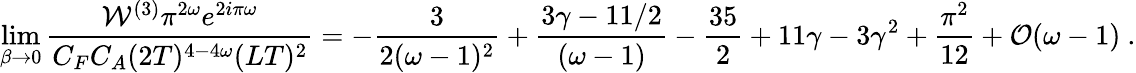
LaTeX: \operatorname*{lim}_{\beta\to 0}{\frac{{\cal W}^{(3)}\pi^{2\omega}e^{2i\pi\omega}}{C_{F}C_{A}(2T)^{4-4\omega}(LT)^{2}}}=-{\frac{3}{2(\omega-1)^{2}}}+{\frac{3\gamma-11/2}{(\omega-1)}}-{\frac{35}{2}}+11\gamma-3\gamma^{2}+{\frac{\pi^{2}}{12}}+{\cal O}(\omega-1)\ .